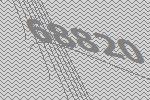
68820